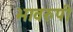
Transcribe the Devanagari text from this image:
भावरुपी